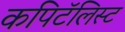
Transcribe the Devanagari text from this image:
कपिटॅलिस्ट